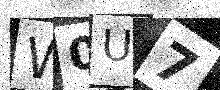
Text: W0U7